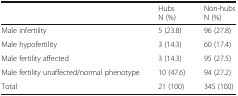
<table><thead><tr><td></td><td><b>HubsN (%)</b></td><td><b>Non-hubsN (%)</b></td></tr></thead><tbody><tr><td>Male infertility</td><td>5 (23.8)</td><td>96 (27.8)</td></tr><tr><td>Male hypofertility</td><td>3 (14.3)</td><td>60 (17.4)</td></tr><tr><td>Male fertility affected</td><td>3 (14.3)</td><td>95 (27.5)</td></tr><tr><td>Male fertility unaffected/normal phenotype</td><td>10 (47.6)</td><td>94 (27.2)</td></tr><tr><td>Total</td><td>21 (100)</td><td>345 (100)</td></tr></tbody></table>